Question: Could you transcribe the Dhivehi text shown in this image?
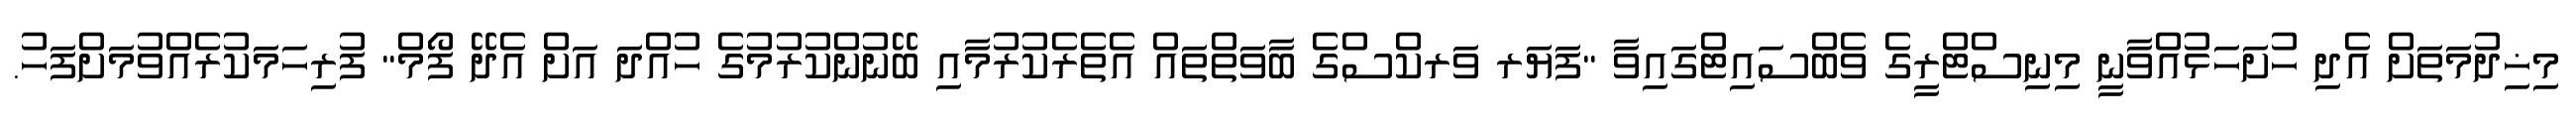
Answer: މިޚިދުމަތަށް އެދި ހުށަހަޅުއްވާނީ މިނިސްޓްރީގެ ވެބްސައިޓްގައިވާ "ފަޔަރ ވަރކްސްގެ ބާވަތްތައް އެތެރެކުރުމާއި ބޭނުންކުރުމުގެ ހުއްދަ އަށް އެދޭ ފޯމް" ފުރިހަމަކުރެއްވުމަށްފަހު.